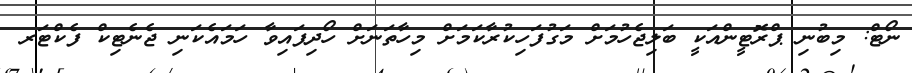
ނޯޓް: މިބުނި ޕްރޮޓީންއަކީ ބަލިޖެހުމަށް މަގުފަހިކުރާކަމަށް މިހާތަނަށް ހޯދިފައިވާ ހަމައެކަނި ޖެނެޓިކް ފެކްޓަރ